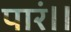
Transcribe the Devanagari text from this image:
पारं।।